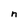
Character: n